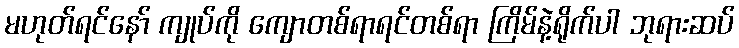
မဟုတ်ရင်နော် ကျုပ်ကို ကျောတစ်ရာရင်တစ်ရာ ကြိမ်နဲ့ရိုက်ပါ ဘုရားဆပ်